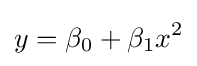
y=\beta _{0}+\beta _{1}x^{2}